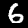
Label: 6